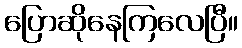
ပြောဆိုနေကြလေပြီ။